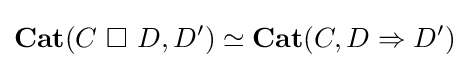
\mathbf {Cat} (C\ \Box \ D,D')\simeq \mathbf {Cat} (C,D\Rightarrow D')